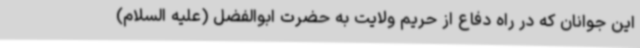
این جوانان که در راه دفاع از حریم ولایت به حضرت ابوالفضل (علیه السلام)